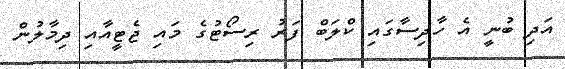
އަދި ބުނީ އެ ހާދިސާގައި ކްލަބް ފަރު ރިސޯޓުގެ މައި ޖެޓީއާއި ދިމާލުން